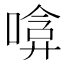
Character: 𠹞